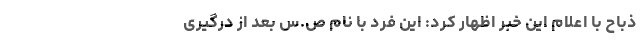
ذباح با اعلام این خبر اظهار کرد: این فرد با نام ص.س بعد از درگیری